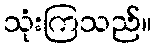
သုံးကြသည်။